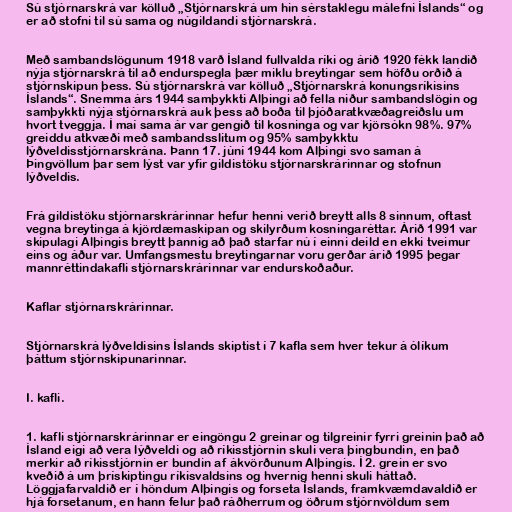
Sú stjórnarskrá var kölluð „Stjórnarskrá um hin sérstaklegu málefni Íslands“ og
er að stofni til sú sama og núgildandi stjórnarskrá.

Með sambandslögunum 1918 varð Ísland fullvalda ríki og árið 1920 fékk landið
nýja stjórnarskrá til að endurspegla þær miklu breytingar sem höfðu orðið á
stjórnskipun þess. Sú stjórnarskrá var kölluð „Stjórnarskrá konungsríkisins
Íslands“. Snemma árs 1944 samþykkti Alþingi að fella niður sambandslögin og
samþykkti nýja stjórnarskrá auk þess að boða til þjóðaratkvæðagreiðslu um
hvort tveggja. Í maí sama ár var gengið til kosninga og var kjörsókn 98%. 97%
greiddu atkvæði með sambandsslitum og 95% samþykktu
lýðveldisstjórnarskrána. Þann 17. júní 1944 kom Alþingi svo saman á
Þingvöllum þar sem lýst var yfir gildistöku stjórnarskrárinnar og stofnun
lýðveldis.

Frá gildistöku stjórnarskrárinnar hefur henni verið breytt alls 8 sinnum, oftast
vegna breytinga á kjördæmaskipan og skilyrðum kosningaréttar. Árið 1991 var
skipulagi Alþingis breytt þannig að það starfar nú í einni deild en ekki tveimur
eins og áður var. Umfangsmestu breytingarnar voru gerðar árið 1995 þegar
mannréttindakafli stjórnarskrárinnar var endurskoðaður.

Kaflar stjórnarskrárinnar.

Stjórnarskrá lýðveldisins Íslands skiptist í 7 kafla sem hver tekur á ólíkum
þáttum stjórnskipunarinnar.

I. kafli.

1. kafli stjórnarskrárinnar er eingöngu 2 greinar og tilgreinir fyrri greinin það að
Ísland eigi að vera lýðveldi og að ríkisstjórnin skuli vera þingbundin, en það
merkir að ríkisstjórnin er bundin af ákvörðunum Alþingis. Í 2. grein er svo
kveðið á um þrískiptingu ríkisvaldsins og hvernig henni skuli háttað.
Löggjafarvaldið er í höndum Alþingis og forseta Íslands, framkvæmdavaldið er
hjá forsetanum, en hann felur það ráðherrum og öðrum stjórnvöldum sem